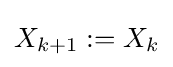
X_{k+1}:=X_{k}